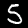
Label: 5